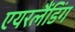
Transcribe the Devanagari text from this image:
एयरलैंडिंग